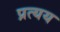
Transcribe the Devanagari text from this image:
प्रत्‍यय